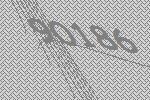
90186